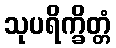
သုပရိက္ခိတ္တံ